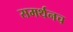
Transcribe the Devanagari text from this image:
समर्थनच